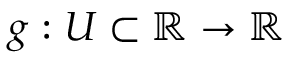
g : U \subset \mathbb { R } \to \mathbb { R }